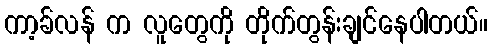
ကာ့ခ်လန် က လူတွေကို တိုက်တွန်းချင်နေပါတယ်။